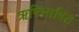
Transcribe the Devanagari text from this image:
ऋषिभाषित